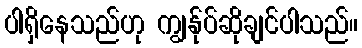
ပါရှိနေသည်ဟု ကျွန်ုပ်ဆိုချင်ပါသည်။